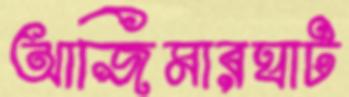
আজিমারঘাট